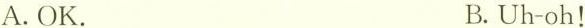
A. OK. B. Uh-oh！